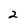
Character: 2